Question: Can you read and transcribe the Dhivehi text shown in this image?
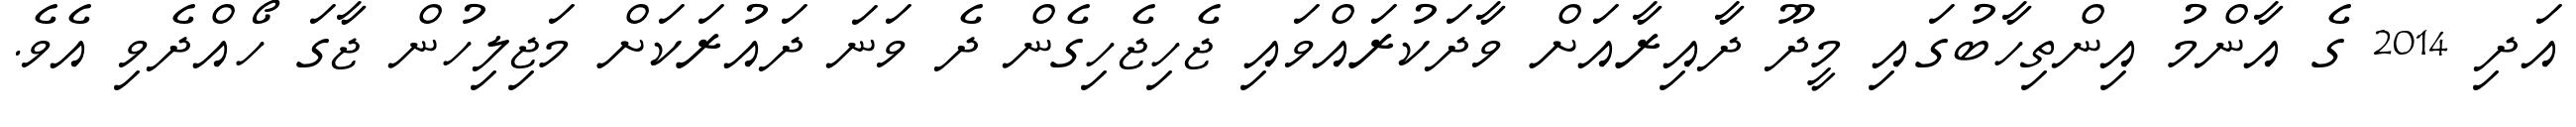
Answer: އަދި 2014 ގެ އާންމު އިންތިހާބުގައި މީދޫ ދާއިރާއަށް ވާދަކުރައްވައި ޖެހިޖެހިގެން ދެ ވަނަ ދައުރަކަށް މަޖިލިހުން ޖާގަ ހޯއްދެވި އެވެ.